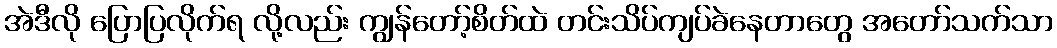
အဲဒီလို ပြောပြလိုက်ရ လို့လည်း ကျွန်တော့်စိတ်ထဲ တင်းသိပ်ကျပ်ခဲနေတာတွေ အတော်သက်သာ